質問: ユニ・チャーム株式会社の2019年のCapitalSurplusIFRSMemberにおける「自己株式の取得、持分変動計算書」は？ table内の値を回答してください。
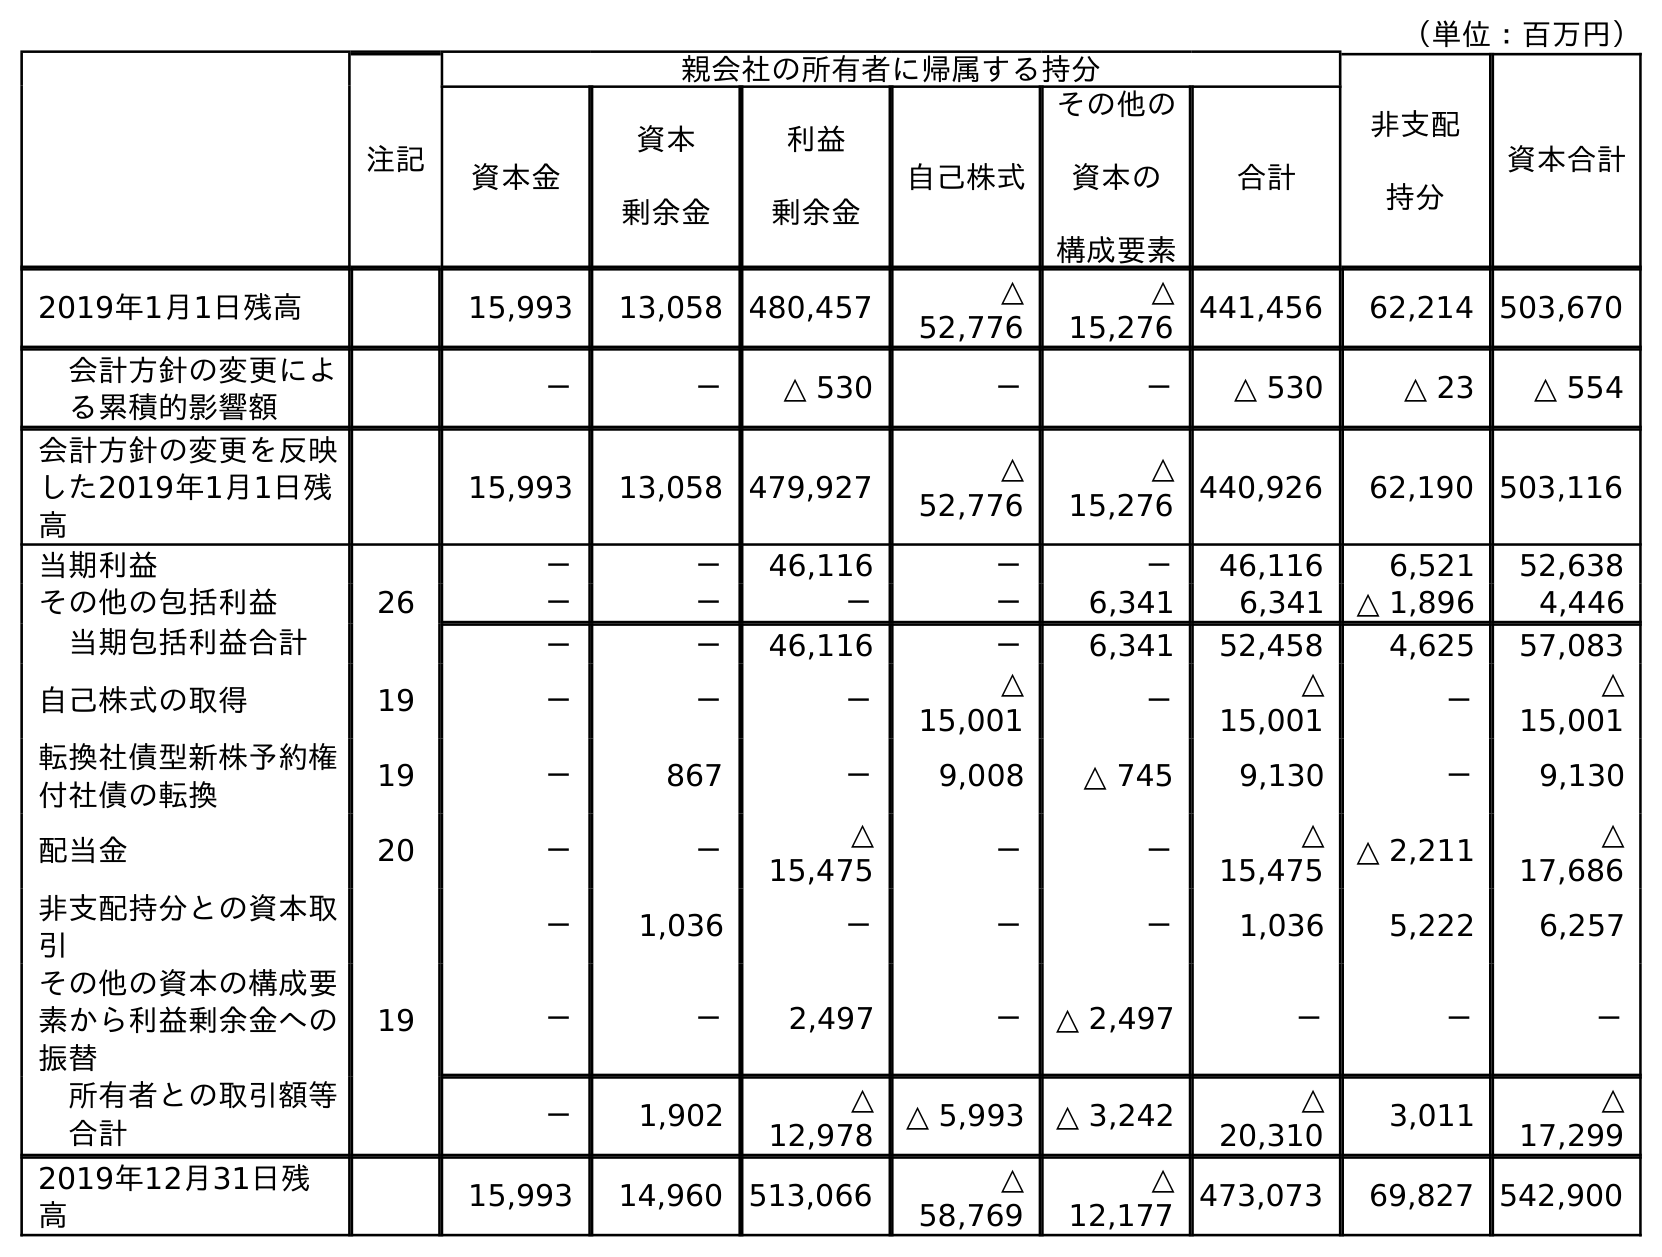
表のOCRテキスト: （単位：百万円） 注記 親会社の所有者に帰属する持分 非支配 持分 資本合計 資本金 資本 剰余金 利益 剰余金 自己株式 その他の 資本の 構成要素 合計 2019年1月1日残高 15,993 13,058 480,457 △ 52,776 △ 15,276 441,456 62,214 503,670 会計方針の変更によ る累積的影響額 － － △ 530 － － △ 530 △ 23 △ 554 会計方針の変更を反映 した2019年1月1日残 高 15,993 13,058 479,927 △ 52,776 △ 15,276 440,926 62,190 503,116 当期利益 － － 46,116 － － 46,116 6,521 52,638 その他の包括利益 26 － － － － 6,341 6,341 △ 1,896 4,446 当期包括利益合計 － － 46,116 － 6,341 52,458 4,625 57,083 自己株式の取得 19 － － － △ 15,001 － △ 15,001 － △ 15,001 転換社債型新株予約権 付社債の転換 19 － 867 － 9,008 △ 745 9,130 － 9,130 配当金 20 － － △ 15,475 － － △ 15,475 △ 2,211 △ 17,686 非支配持分との資本取 引 － 1,036 － － － 1,036 5,222 6,257 その他の資本の構成要 素から利益剰余金への 振替 19 － － 2,497 － △ 2,497 － － － 所有者との取引額等 合計 － 1,902 △ 12,978 △ 5,993 △ 3,242 △ 20,310 3,011 △ 17,299 2019年12月31日残 高 15,993 14,960 513,066 △ 58,769 △ 12,177 473,073 69,827 542,900
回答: －